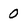
Character: 0